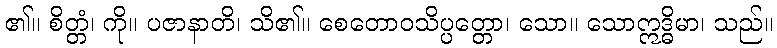
၏။ စိတ္တံ၊ ကို။ ပဇာနာတိ၊ သိ၏။ စေတောဝသိပ္ပတ္တော၊ သော။ သောဣဒ္ဓိမာ၊ သည်။